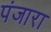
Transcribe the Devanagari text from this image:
पंजारा